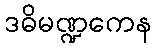
ဒဓိမဏ္ဍကေန